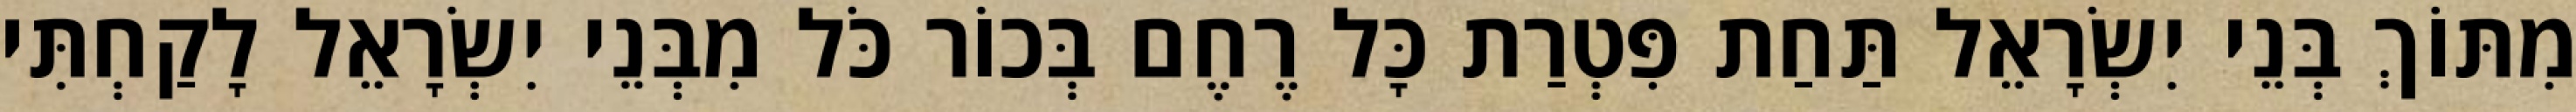
מִתּוֹךְ בְּנֵי יִשְׂרָאֵל תַּחַת פִּטְרַת כָּל רֶחֶם בְּכוֹר כֹּל מִבְּנֵי יִשְׂרָאֵל לָקַחְתִּי